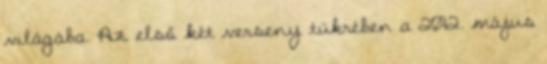
világába. Az első két verseny tükrében a 2012. május